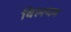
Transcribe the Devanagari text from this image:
विल्ल्यम